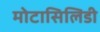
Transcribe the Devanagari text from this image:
मोटासिलिडी